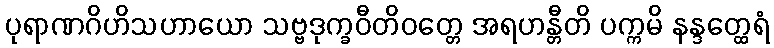
ပုရာဏဂိဟိသဟာယော သဗ္ဗဒုက္ခဝီတိဝတ္တေ အရဟန္တီတိ ပက္ကမိ နန္ဒတ္ထေရံ